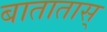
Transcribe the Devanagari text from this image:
बातातास्